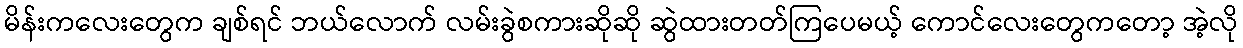
မိန်းကလေးတွေက ချစ်ရင် ဘယ်လောက် လမ်းခွဲစကားဆိုဆို ဆွဲထားတတ်ကြပေမယ့် ကောင်လေးတွေကတော့ အဲ့လို